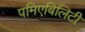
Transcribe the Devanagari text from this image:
पमिएबिलिटी